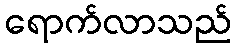
ရောက်လာသည်